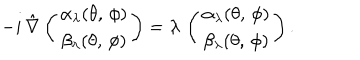
LaTeX: - i \, \hat { \nabla } \left( \begin{array} { c } { { \alpha _ { \lambda } ( \theta , \, \phi ) } } \\ { { \beta _ { \lambda } ( \theta , \, \phi ) } } \\ \end{array} \right) = \lambda \, \left( \begin{array} { c } { { \alpha _ { \lambda } ( \theta , \, \phi ) } } \\ { { \beta _ { \lambda } ( \theta , \, \phi ) } } \\ \end{array} \right) .